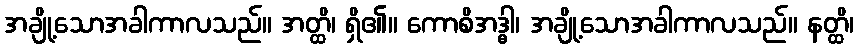
အချို့သောအခါကာလသည်။ အတ္ထိ၊ ရှိ၏။ ကောစိအဒ္ဓါ၊ အချို့သောအခါကာလသည်။ နတ္ထိ၊